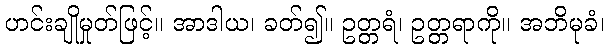
ဟင်းချိုမှုတ်ဖြင့်။ အာဒါယ၊ ခတ်၍။ ဥတ္တရံ၊ ဥတ္တရာကို။ အဘိမုခံ၊